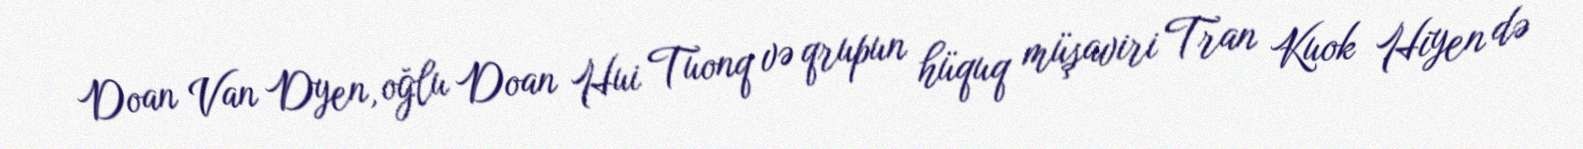
Doan Van Dyen, oğlu Doan Hui Tuonq və qrupun hüquq müşaviri Tran Kuok Hiyen də